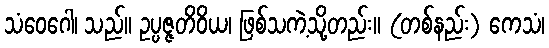
သံဝေဂေါ၊ သည်။ ဥပ္ပဇ္ဇတိဝိယ၊ ဖြစ်သကဲ့သို့တည်း။ (တစ်နည်း) ကေသံ၊